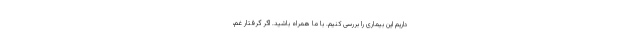
داریم این بیماری را بررسی کنیم. با ما همراه باشید. اگر گرفتار غم،